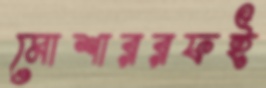
মোশাররফই